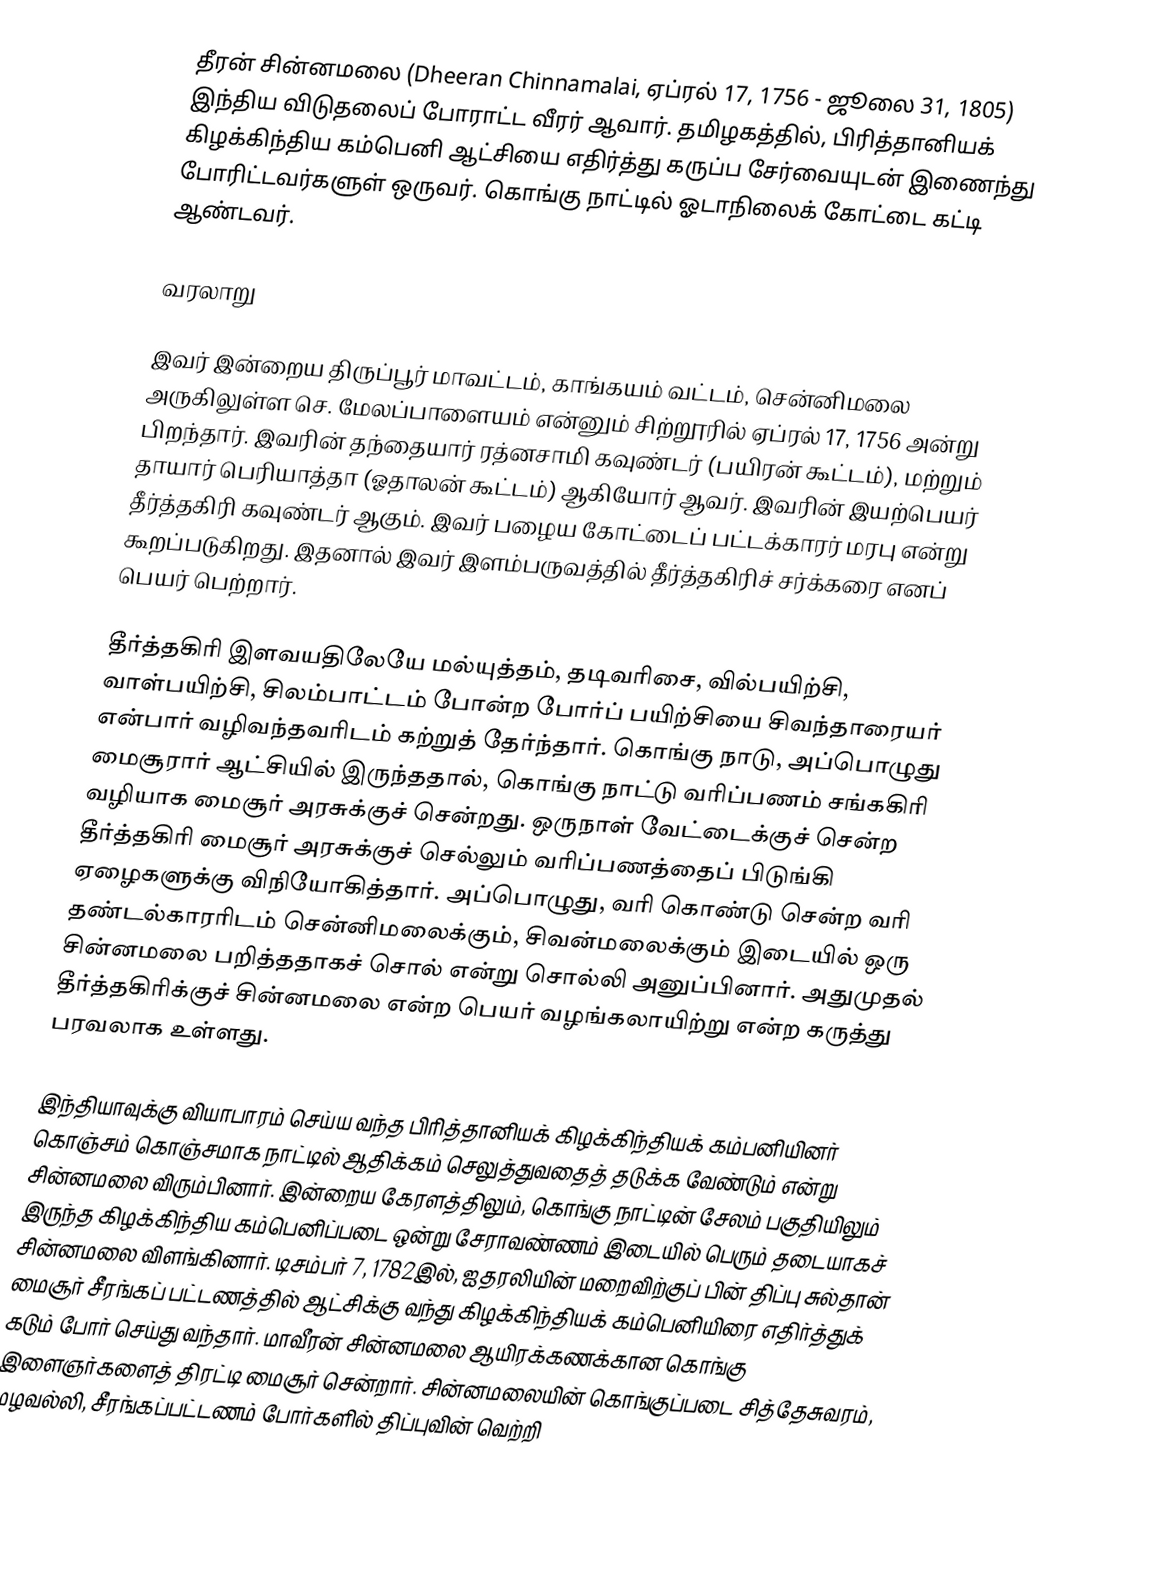
தீரன் சின்னமலை (Dheeran Chinnamalai, ஏப்ரல் 17, 1756 - ஜூலை 31, 1805) இந்திய விடுதலைப் போராட்ட வீரர் ஆவார். தமிழகத்தில், பிரித்தானியக் கிழக்கிந்திய கம்பெனி ஆட்சியை எதிர்த்து கருப்ப சேர்வையுடன் இணைந்து போரிட்டவர்களுள் ஒருவர். கொங்கு நாட்டில் ஓடாநிலைக் கோட்டை கட்டி ஆண்டவர்.

வரலாறு

இவர் இன்றைய திருப்பூர் மாவட்டம், காங்கயம் வட்டம், சென்னிமலை அருகிலுள்ள செ. மேலப்பாளையம் என்னும் சிற்றூரில் ஏப்ரல் 17, 1756 அன்று பிறந்தார். இவரின் தந்தையார் ரத்னசாமி கவுண்டர் (பயிரன் கூட்டம்), மற்றும் தாயார் பெரியாத்தா (ஓதாலன் கூட்டம்) ஆகியோர் ஆவர். இவரின் இயற்பெயர் தீர்த்தகிரி கவுண்டர் ஆகும். இவர் பழைய கோட்டைப் பட்டக்காரர் மரபு என்று கூறப்படுகிறது. இதனால் இவர் இளம்பருவத்தில் தீர்த்தகிரிச் சர்க்கரை எனப் பெயர் பெற்றார்.

தீர்த்தகிரி இளவயதிலேயே மல்யுத்தம், தடிவரிசை, வில்பயிற்சி, வாள்பயிற்சி, சிலம்பாட்டம் போன்ற போர்ப் பயிற்சியை சிவந்தாரையர் என்பார் வழிவந்தவரிடம் கற்றுத் தேர்ந்தார். கொங்கு நாடு, அப்பொழுது மைசூரார் ஆட்சியில் இருந்ததால், கொங்கு நாட்டு வரிப்பணம் சங்ககிரி வழியாக மைசூர் அரசுக்குச் சென்றது. ஒருநாள் வேட்டைக்குச் சென்ற தீர்த்தகிரி மைசூர் அரசுக்குச் செல்லும் வரிப்பணத்தைப் பிடுங்கி ஏழைகளுக்கு விநியோகித்தார். அப்பொழுது, வரி கொண்டு சென்ற வரி தண்டல்காரரிடம் சென்னிமலைக்கும், சிவன்மலைக்கும் இடையில் ஒரு சின்னமலை பறித்ததாகச் சொல் என்று சொல்லி அனுப்பினார். அதுமுதல் தீர்த்தகிரிக்குச் சின்னமலை என்ற பெயர் வழங்கலாயிற்று என்ற கருத்து பரவலாக உள்ளது.

இந்தியாவுக்கு வியாபாரம் செய்ய வந்த பிரித்தானியக் கிழக்கிந்தியக் கம்பனியினர் கொஞ்சம் கொஞ்சமாக நாட்டில் ஆதிக்கம் செலுத்துவதைத் தடுக்க வேண்டும் என்று சின்னமலை விரும்பினார். இன்றைய கேரளத்திலும், கொங்கு நாட்டின் சேலம் பகுதியிலும் இருந்த கிழக்கிந்திய கம்பெனிப்படை ஒன்று சேராவண்ணம் இடையில் பெரும் தடையாகச் சின்னமலை விளங்கினார். டிசம்பர் 7, 1782இல், ஐதரலியின் மறைவிற்குப் பின் திப்பு சுல்தான் மைசூர் சீரங்கப் பட்டணத்தில் ஆட்சிக்கு வந்து கிழக்கிந்தியக் கம்பெனியிரை எதிர்த்துக் கடும் போர் செய்து வந்தார். மாவீரன் சின்னமலை ஆயிரக்கணக்கான கொங்கு இளைஞர்களைத் திரட்டி மைசூர் சென்றார். சின்னமலையின் கொங்குப்படை சித்தேசுவரம், மழவல்லி, சீரங்கப்பட்டணம் போர்களில் திப்புவின் வெற்றி